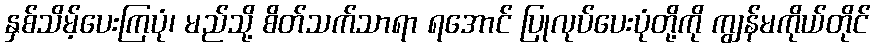
နှစ်သိမ့်ပေးကြပုံ၊ မည်သို့ စိတ်သက်သာရာ ရအောင် ပြုလုပ်ပေးပုံတို့ကို ကျွန်မကိုယ်တိုင်